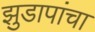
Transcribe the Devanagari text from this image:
झुडापांचा